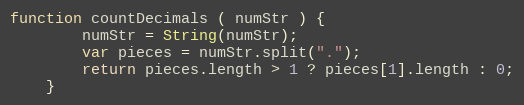
Language: JavaScript
function countDecimals ( numStr ) {
        numStr = String(numStr);
        var pieces = numStr.split(".");
        return pieces.length > 1 ? pieces[1].length : 0;
    }